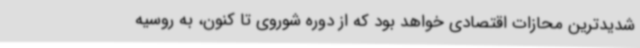
شدیدترین محازات اقتصادی خواهد بود که از دوره شوروی تا کنون، به روسیه